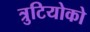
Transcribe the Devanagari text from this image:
त्रुटियोको